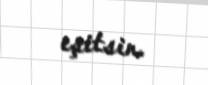
eşitsin.